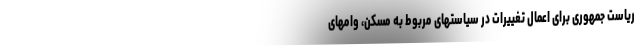
ریاست جمهوری برای اعمال تغییرات در سیاستهای مربوط به مسکن، وامهای